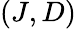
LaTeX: (J,D)